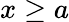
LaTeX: x\geq a